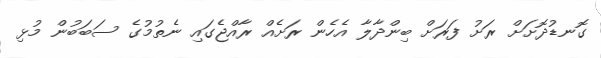
ގޮނޑުދޮށަށް ރަށު ފަރަށް ބިންދާލާ އެހެން ރަށެއް ރާއްޖެގައި ނެތުމުގެ ސަބަބުން މުޅި